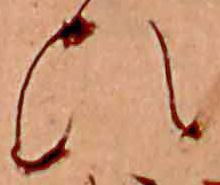
ひ